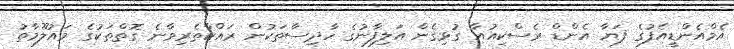
އެމްއެންޑީއެފުގެ ފަޔާ އެންޑް ރެސްކިއުއާ ގުޅިގެން އަލިފާނުގެ ހާދިސާތަކުން ރައްކާތެރިވާނެ ގޮތްތަކުގެ މައުލޫމާތު